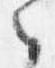
之